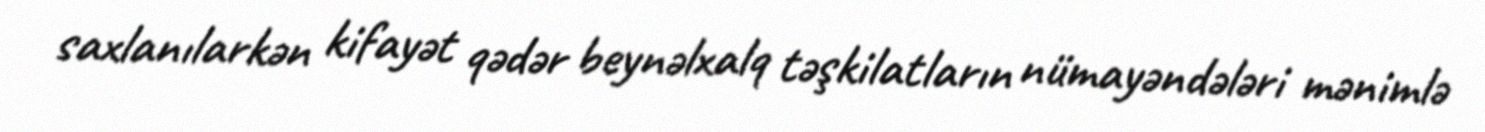
saxlanılarkən kifayət qədər beynəlxalq təşkilatların nümayəndələri mənimlə